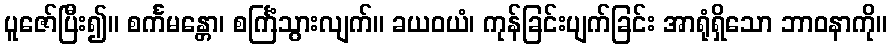
ပူဇော်ပြီး၍။ စင်္ကမန္တော၊ စင်္ကြံသွားလျက်။ ခယဝယံ၊ ကုန်ခြင်းပျက်ခြင်း အာရုံရှိသော ဘာဝနာကို။